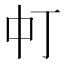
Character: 𬻳